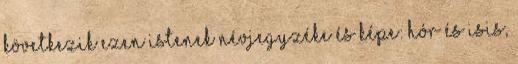
Következik ezen istenek névjegyzéke és képe: Hór és Isis,